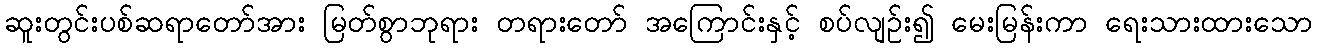
ဆူးတွင်းပစ်ဆရာတော်အား မြတ်စွာဘုရား တရားတော် အကြောင်းနှင့် စပ်လျဉ်း၍ မေးမြန်းကာ ရေးသားထားသော